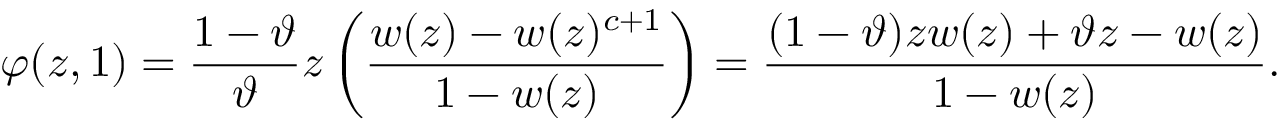
\varphi ( z , 1 ) = \frac { 1 - \vartheta } { \vartheta } z \left( \frac { w ( z ) - w ( z ) ^ { c + 1 } } { 1 - w ( z ) } \right) = \frac { ( 1 - \vartheta ) z w ( z ) + \vartheta z - w ( z ) } { 1 - w ( z ) } .